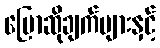
ပြောဆိုချက်များနှင့်